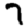
Digit: 7